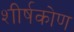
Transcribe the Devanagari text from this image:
शीर्षकोण